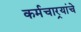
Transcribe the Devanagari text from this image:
कर्मचार्‍यांचे